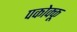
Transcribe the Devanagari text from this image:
पकोक्कू